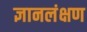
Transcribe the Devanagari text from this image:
ज्ञानलंक्षण